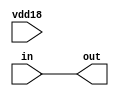
module bw_io_ddr_vref_rptr(in,out,vdd18);
input vdd18;
input [7:0] in;
output [7:0] out;

assign out = in;
endmodule